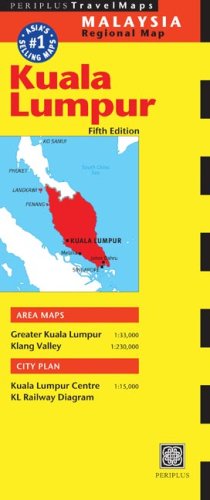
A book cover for Kuala Lumpur Travel Map Fifth Edition (Periplus Travel Maps); Travel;